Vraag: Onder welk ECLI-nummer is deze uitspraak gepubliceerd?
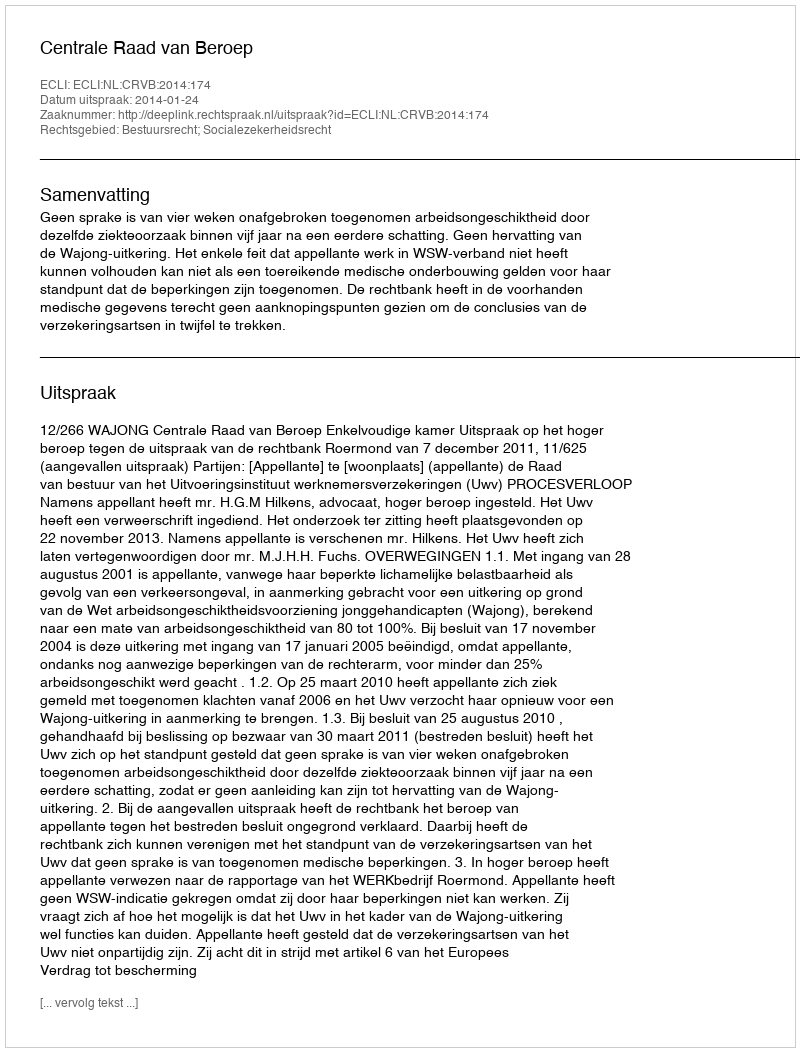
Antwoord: ECLI:NL:CRVB:2014:174